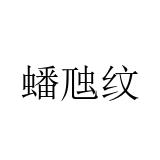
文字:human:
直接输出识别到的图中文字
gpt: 蟠虺纹